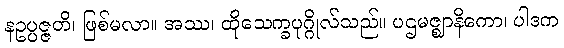
နဥပ္ပဇ္ဇတိ၊ ဖြစ်မလာ။ အဿ၊ ထိုသေက္ခပုဂ္ဂိုလ်သည်။ ပဌမဇ္ဈာနိကော၊ ပါဒက